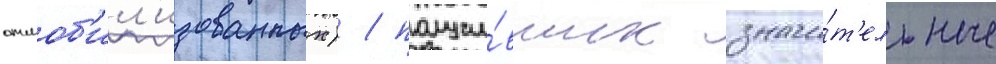
отмоб'ил'изованных) / получи́вших значи́т'ельные